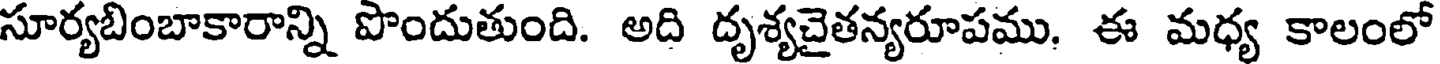
సూర్యబింబాకారాన్ని పొందుతుంది. అది దృశ్యచైతన్యరూపము. ఈ మధ్య కాలంలో